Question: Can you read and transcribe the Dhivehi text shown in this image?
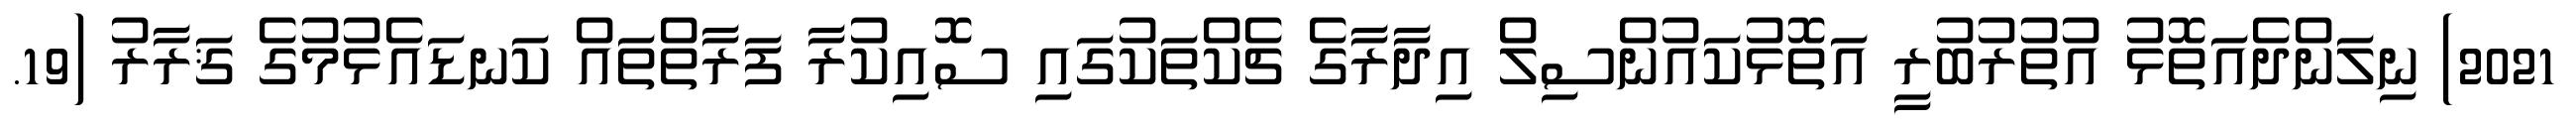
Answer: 2021) ނިލަންދެއަތޮޅު އުތުރުބުރީ އަތޮޅުކައުންސިލް އިދާރާގެ ޗެކްތަކުގައި ސޮއިކުރާ ފަރާތްތައް ކަނޑައެޅުމުގެ ޤަރާރު (19.